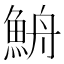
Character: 𩶣